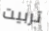
تربيت